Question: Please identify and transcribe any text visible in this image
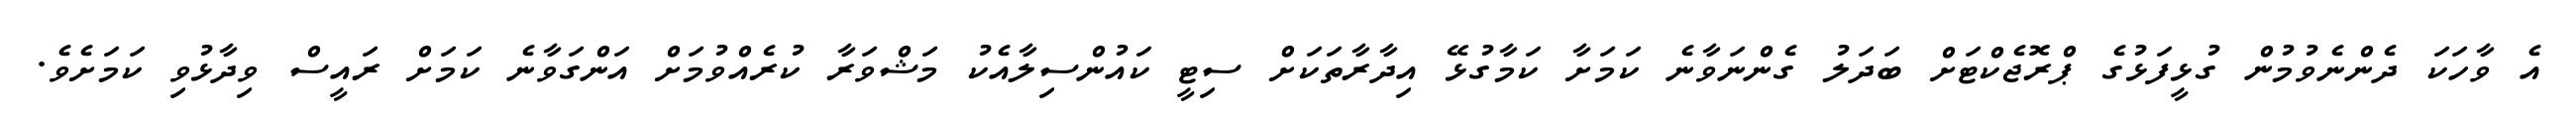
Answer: އެ ވާހަކަ ދެންނެވުމުން ގުޅީފަޅުގެ ޕްރޮޖެކްޓަށް ބަދަލު ގެންނަވާނެ ކަމަށާ ކަމާގުޅޭ އިދާރާތަކަށް ސިޓީ ކައުންސިލާއެކު މަޝްވަރާ ކުރެއްވުމަށް އަންގަވާނެ ކަމަށް ރައީސް ވިދާޅުވި ކަމަށެވެ.